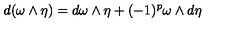
d ( \omega \wedge \eta ) = d \omega \wedge \eta + ( - 1 ) ^ { p } \omega \wedge d \eta